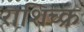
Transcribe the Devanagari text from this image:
राशिच्क्र